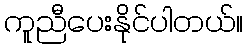
ကူညီပေးနိုင်ပါတယ်။